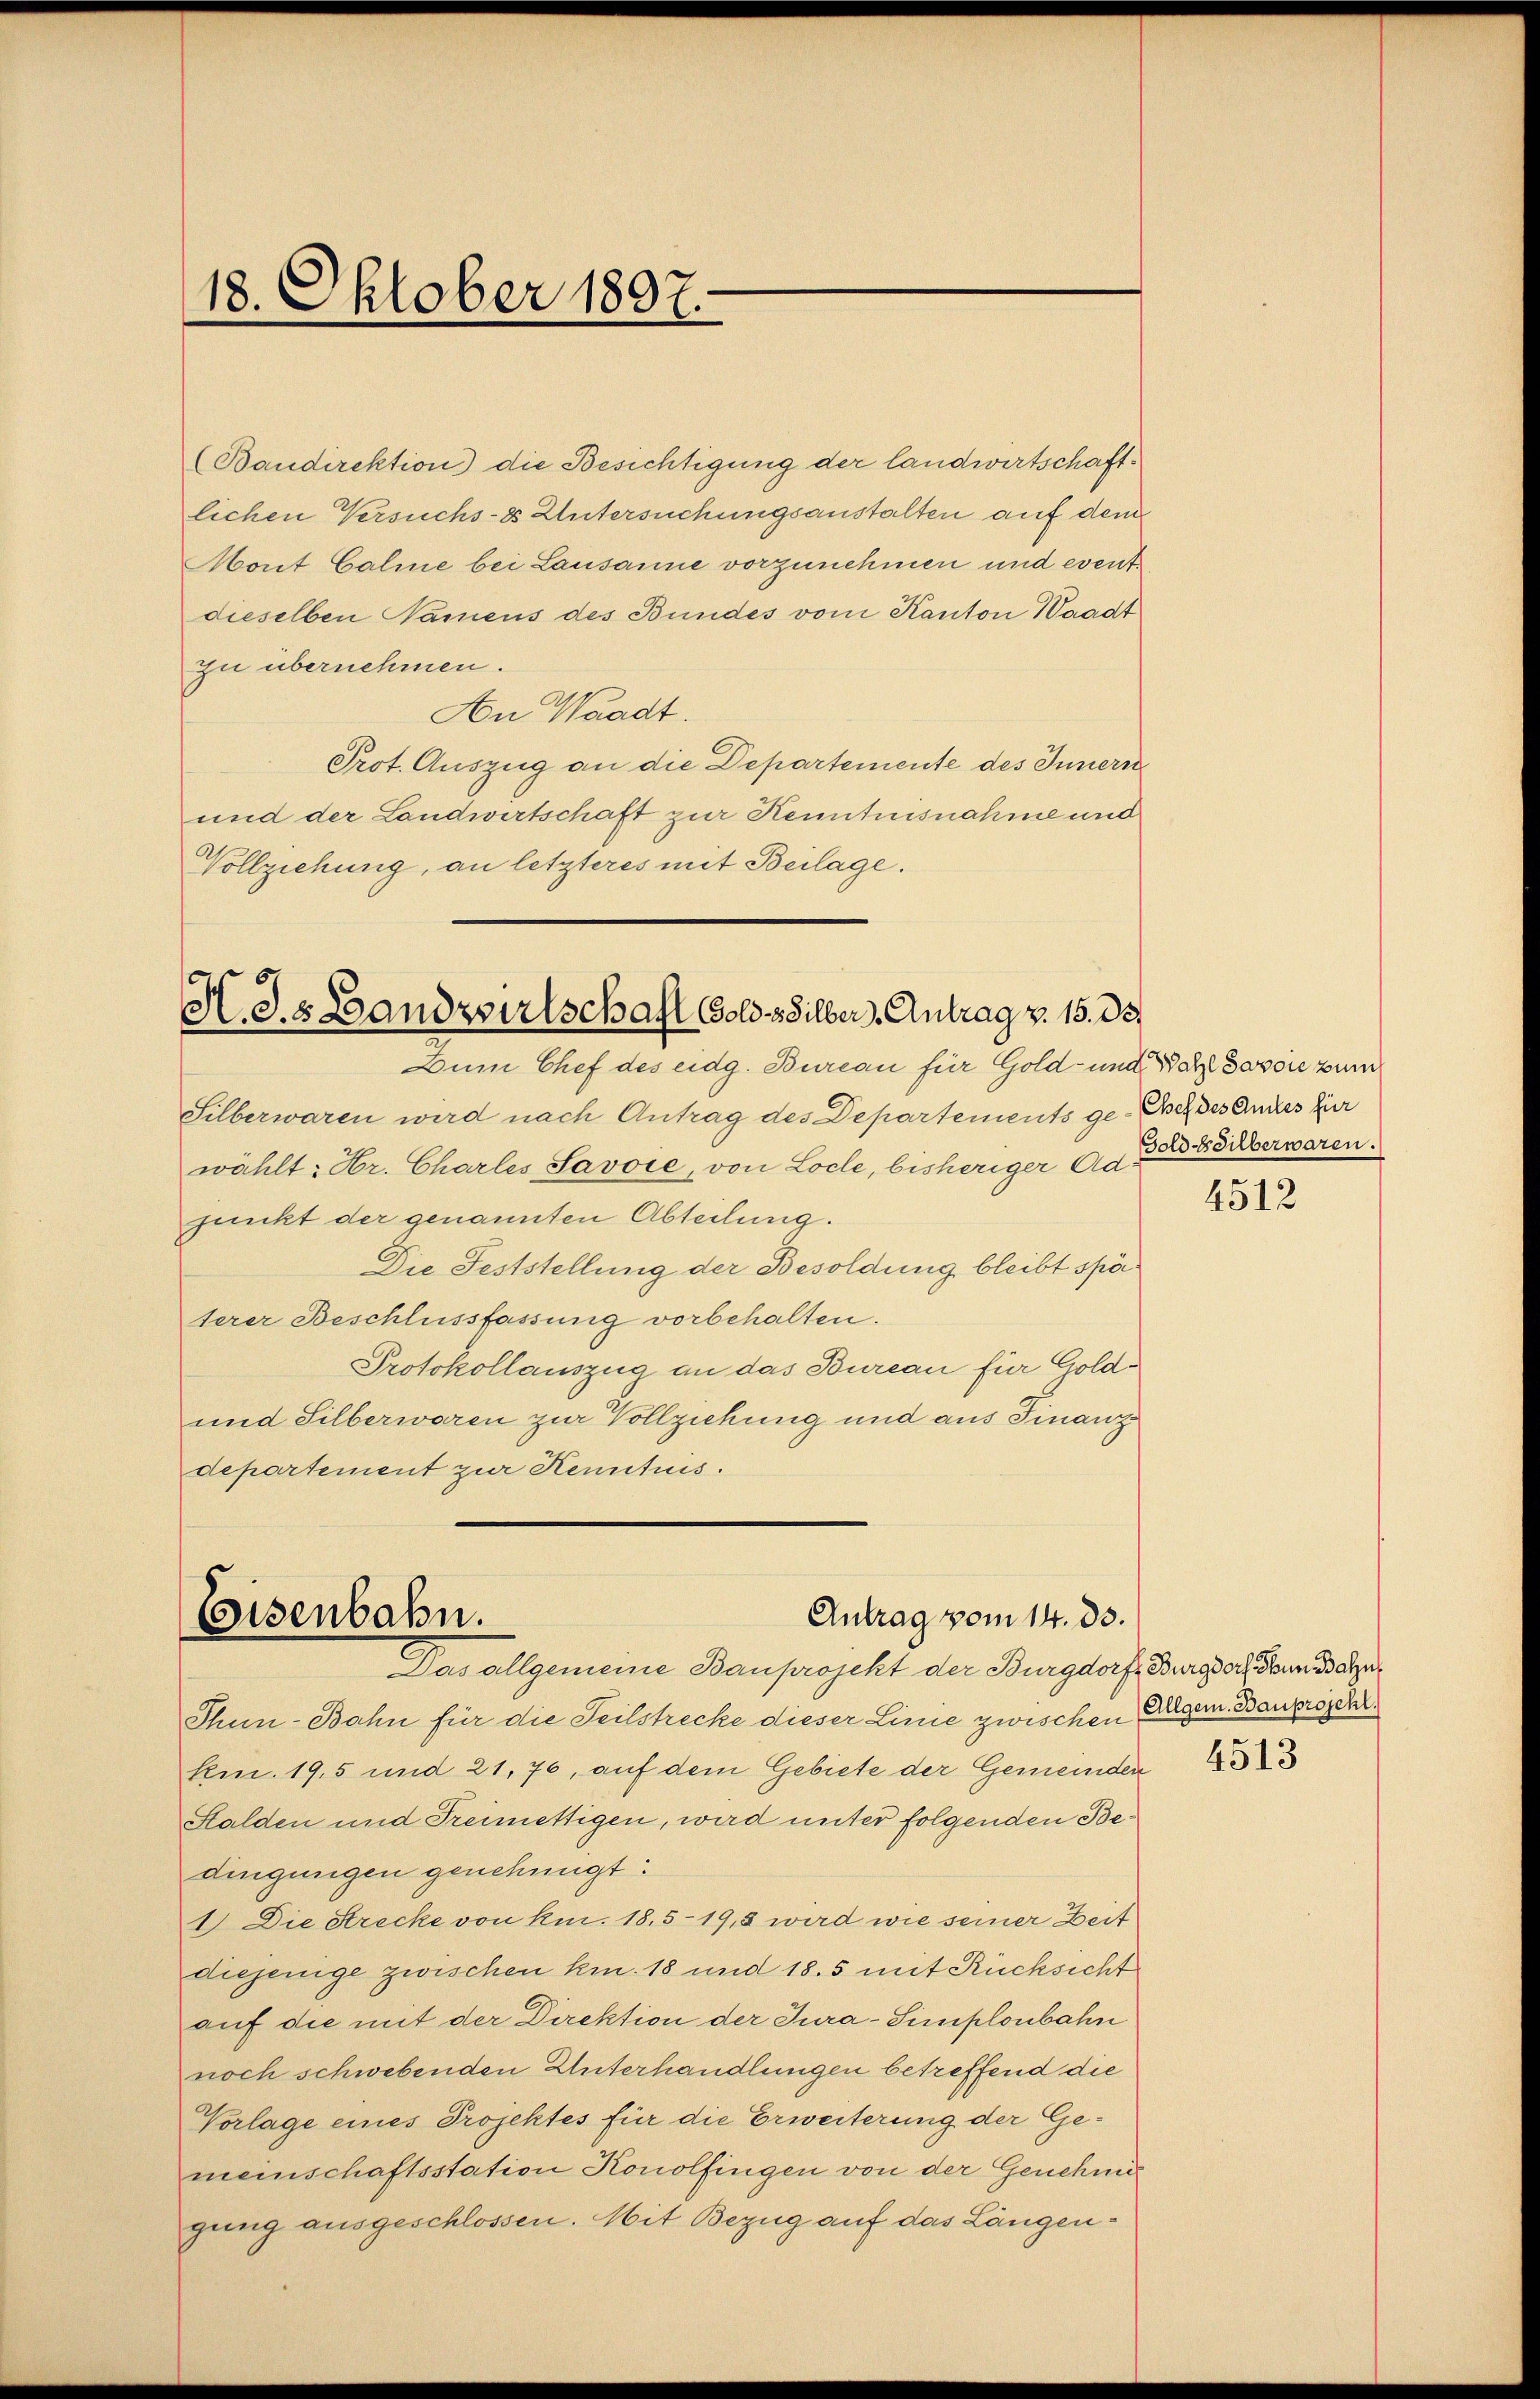
18. Oktober 1897.

zu übernehmen.
An Waadt.
Prot. Auszug an die Departemente des Innern
und der Landwirtschaft zur Kenntnisnahme und
Vollziehung, an letzteres mit Beilage.

H S.s Landwirtschaft Gold & Silber Antrag v. 15. 35.
Dum Chef des eidg. Bureau für Gold- und Wahl davon zum

Silberwaren wird nach Antrag des Departements ge-Buch des Andres für
wählt: Hr. Charles Savoie, von Loche, bisheriger Ad 354 überwaren.
junkt der genannten Abteilung.
Die Feststellung der Besoldung bleibt späterer Beschlussfassung vorbehalten.
Protokollauszug an das Bureau für Gold¬
und Silberwaren zur Vollziehung und aus Finanzdepartement zur Kenntnis.

Antrag vom 14. 33.
Eisenbahn.
Das allgemeine Bauprojekt der Burgdorf, Burgdorf und abge¬

(Baudirektion) die Besichtigung der landwirtschaftlichen Versuchs-es Untersuchungsanstalten auf dem
Mont Caline bei Lausanne vorzunehmen und event.
dieselben Namens des Bundes vom Kanton Waadt

Thun-Bahn für die Teilstrecke dieser Linie zwischen Eigen Bauprojekt
Kmn. 195 und 21, 76, auf dem Gebiete der Gemeinden
Stalden und Freimettigen, wird unter folgenden Bedingungen genehmigt:
1.) Die Strecke von kn. 18. 519,5 wird wie seiner Zeit
diejenige zwischen kn. 18 und 18. 5 mit Rücksicht
auf die mit der Direktion der Jura-Simplonbahn
noch schwebenden Unterhandlungen betreffend die
Vorlage eines Projektes für die Erweiterung der Gemeinschaftsstation Konolfingen von der Genehmig
gung ausgeschlossen. Mit Bezug auf das Längen¬

4512

4513